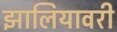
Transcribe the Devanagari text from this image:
झालियावरी